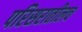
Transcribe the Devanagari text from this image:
परिसरातीलच